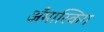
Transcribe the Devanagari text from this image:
अँमास्किग